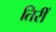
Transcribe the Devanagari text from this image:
तिरीं